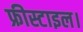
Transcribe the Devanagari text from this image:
फ्रीस्टाइल।